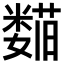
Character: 𬞺